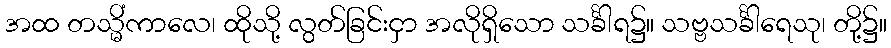
အထ တသ္မိံကာလေ၊ ထိုသို့ လွတ်ခြင်းငှာ အလိုရှိသော သင်္ခါရ၌။ သဗ္ဗသင်္ခါရေသု၊ တို့၌။